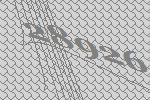
28926